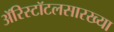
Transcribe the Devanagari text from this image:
ॲरिस्टॉटलसारख्या